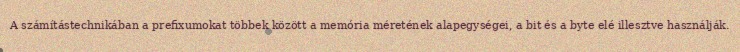
A számítástechnikában a prefixumokat többek között a memória méretének alapegységei, a bit és a byte elé illesztve használják.